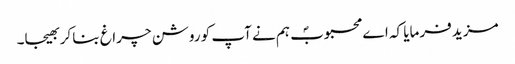
مزید فرمایا کہ اے محبوبؐ ہم نے آپ کو روشن چراغ بنا کر بھیجا۔